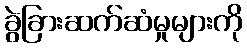
ခွဲခြားဆက်ဆံမှုများကို